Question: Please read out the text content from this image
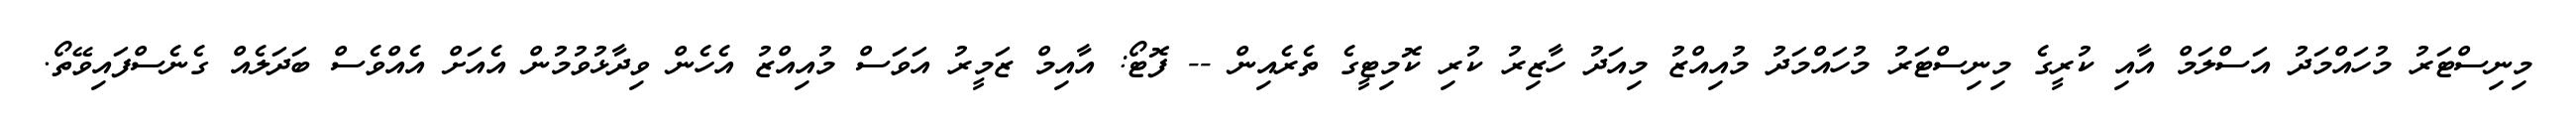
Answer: މިނިސްޓަރު މުހައްމަދު އަސްލަމް އާއި ކުރީގެ މިނިސްޓަރު މުހައްމަދު މުއިއްޒު މިއަދު ހާޒިރު ކުރި ކޮމިޓީގެ ތެރެއިން -- ފޮޓޯ: އާއިމް ޒަމީރު އަވަސް މުއިއްޒު އެހެން ވިދާޅުވުމުން އެއަށް އެއްވެސް ބަދަލެއް ގެނެސްފައިވޭތޯ.